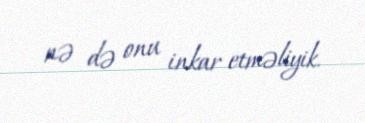
nə də onu inkar etməliyik.